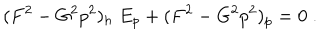
LaTeX: ( F ^ { 2 } - G ^ { 2 } p ^ { 2 } ) _ { h } \; E _ { p } + ( F ^ { 2 } - G ^ { 2 } p ^ { 2 } ) _ { p } = 0 \; .